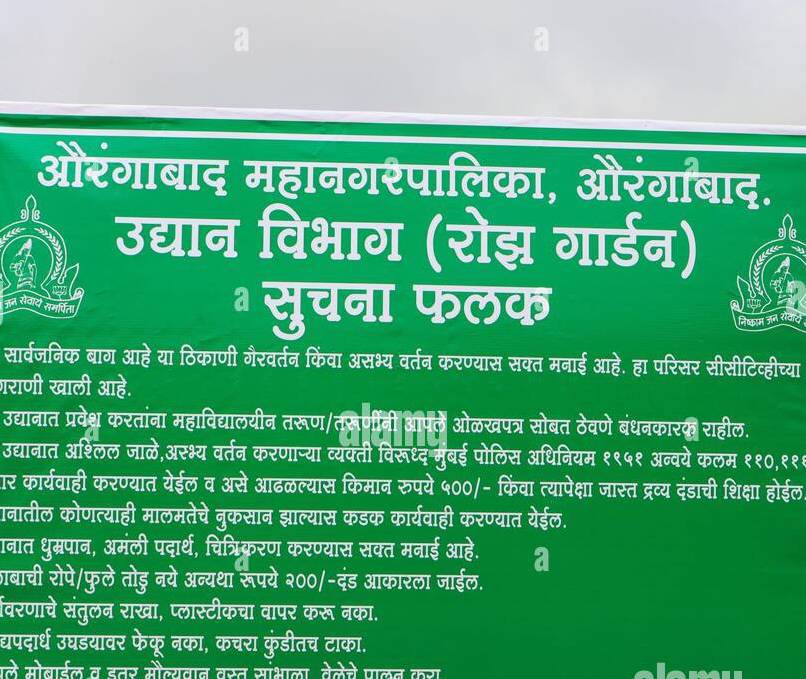
Language: marathi
Transcription: सीसीटीव्हीच्या जाळे,अस्भ्य तोडू औरंगाबाद. विभाग गार्डन) सुचना फलक सार्वजनिक आहे ठिकाणी गैरवर्तन किंवा असभ्य वर्तन करण्यास सक्त मनाई हा परिसर खाली आहे. उद्यानात प्रवेश करताना महाविद्यालयीन ओळखपत्र सोबत ठेवणे बंधनकारक उद्यानात अश्लिल वर्तन करणाऱ्या व्यक्ती विरुद्ध मुंबई १९५१ अन्वये कलम कार्यवाही व किमान ५००/- किंवा जास्त द्रव्य शिक्षा होईल कोणत्याही नुकसान झाल्यास कडक कार्यवाही करण्यात अमंली चित्रिकरण मनाई आहे. रोपे/ अन्यथा रुपये २००/-दंड आकारला जाईल. संतुलन प्लास्टीकचा वापर करू फेकू कचरा कुंडीतच टाका. /फुले उघडयावर उद्यान बाग नका. येईल. पोलिस तरुण/ करण्यास येईल त्यापेक्षा ११0 २२ असे रुपये राहील. (रोझ मालमतेचे सक्त अधिनियम आढळल्यास आहे. करण्यात दंडाची नये या औरंगाबाद